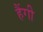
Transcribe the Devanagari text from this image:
हैंगी